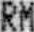
RM